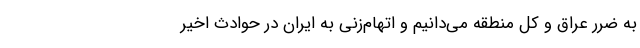
به ضرر عراق و کل منطقه می‌دانیم و اتهام‌زنی به ایران در حوادث اخیر